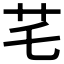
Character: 𦬃